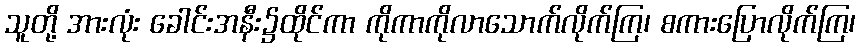
သူတို့ အားလုံး ခေါင်းအနီး၌ထိုင်ကာ ကိုကာကိုလာသောက်လိုက်ကြ၊ စကားပြောလိုက်ကြ၊